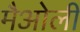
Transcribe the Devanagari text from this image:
मैओली